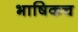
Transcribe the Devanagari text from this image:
भाषिकच